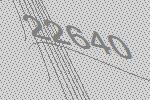
22640